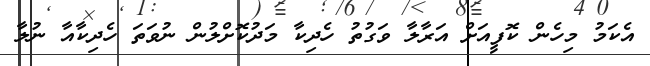
އެކަމު މިހެން ކޮފީއަށް އަރާލާ ވަގުތު ހެދިކާ މަދުކޮށްލުން ނުވަތަ ހެދިކާއާ ނުލާ